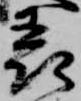
表